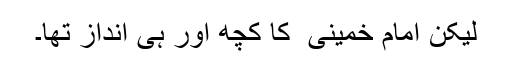
لیکن امام خمینی ؒ کا کچھ اور ہی انداز تھا۔